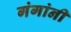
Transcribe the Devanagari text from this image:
गंगांनी